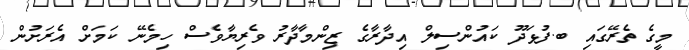
މީގެ ތެރޭގައި ބ.ފުޅަދޫ ކައުންސިލް އިދާރާގެ ޒިންމާދާރު ވެރިޔާވެސް ހިމެނޭ ކަމަށް އެރަށުން